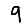
Digit: 9